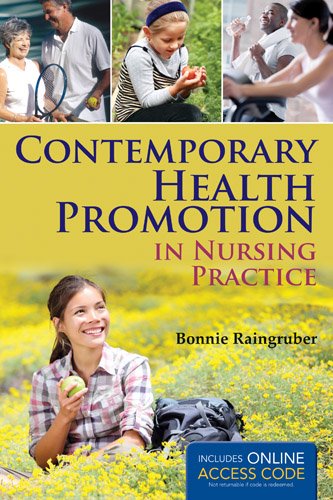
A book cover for Contemporary Health Promotion In Nursing Practice; Bonnie Raingruber; Medical Books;